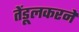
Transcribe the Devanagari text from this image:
तेंडूलकरने